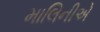
માલિનીએ